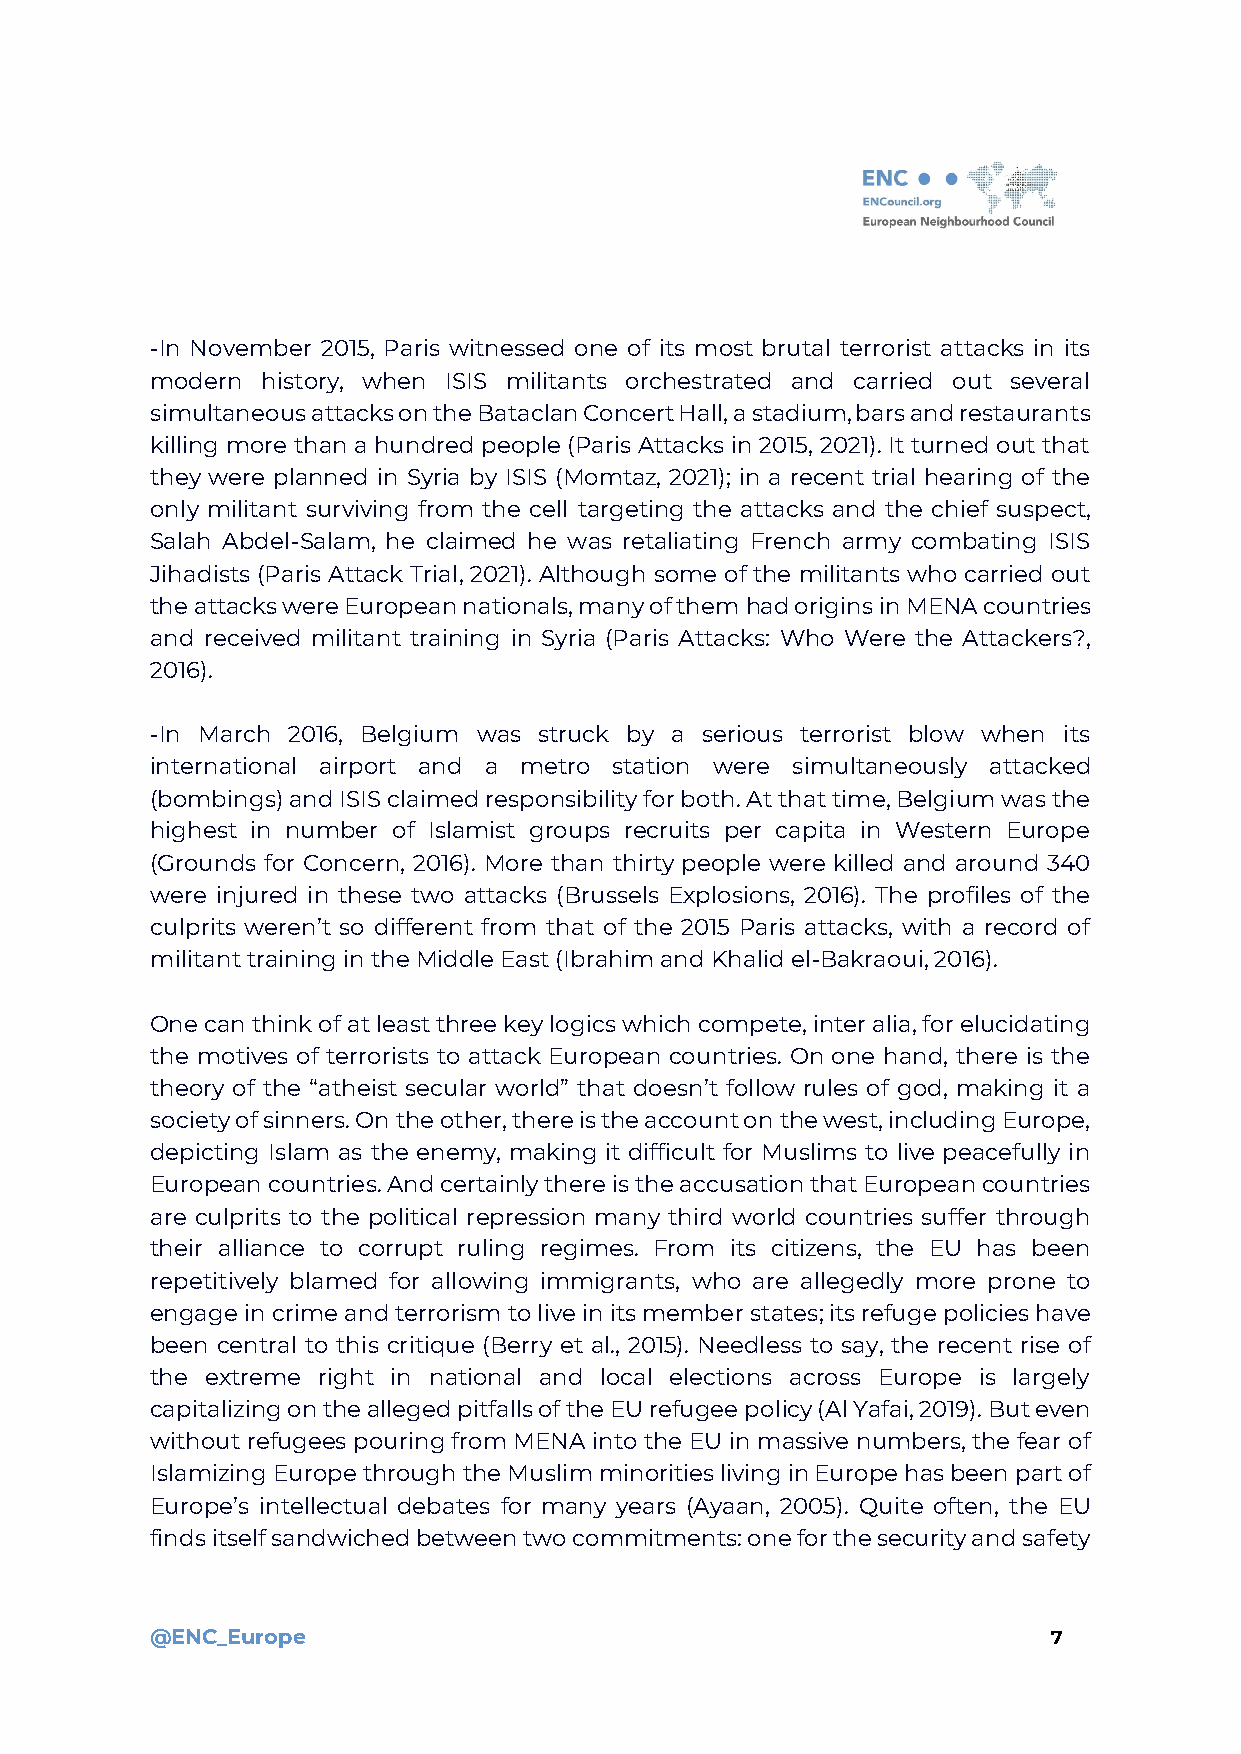
-In November 2015, Paris witnessed one of its most brutal terrorist attacks in its
 modern history, when ISIS militants orchestrated and carried out several
 simultaneous attacks on the Bataclan Concert Hall, a stadium, bars and restaurants
 killing more than a hundred people (Paris Attacks in 2015, 2021). It turned out that
 they were planned in Syria by ISIS (Momtaz, 2021); in a recent trial hearing of the
 only militant surviving from the cell targeting the attacks and the chief suspect,
 Salah Abdel-Salam, he claimed he was retaliating French army combating ISIS
 Jihadists (Paris Attack Trial, 2021). Although some of the militants who carried out
 the attacks were European nationals, many of them had origins in MENA countries
 and received militant training in Syria (Paris Attacks: Who Were the Attackers?,
 2016).
 -In March 2016, Belgium was struck by a serious terrorist blow when its
 international airport and a metro station were simultaneously attacked
 (bombings) and ISIS claimed responsibility for both. At that time, Belgium was the
 highest in number of Islamist groups recruits per capita in Western Europe
 (Grounds for Concern, 2016). More than thirty people were killed and around 340
 were injured in these two attacks (Brussels Explosions, 2016). The profiles of the
 culprits weren’t so different from that of the 2015 Paris attacks, with a record of
 militant training in the Middle East (Ibrahim and Khalid el-Bakraoui, 2016).
 One can think of at least three key logics which compete, inter alia, for elucidating
 the motives of terrorists to attack European countries. On one hand, there is the
 theory of the “atheist secular world” that doesn’t follow rules of god, making it a
 society of sinners. On the other, there is the account on the west, including Europe,
 depicting Islam as the enemy, making it difficult for Muslims to live peacefully in
 European countries. And certainly there is the accusation that European countries
 are culprits to the political repression many third world countries suffer through
 their alliance to corrupt ruling regimes. From its citizens, the EU has been
 repetitively blamed for allowing immigrants, who are allegedly more prone to
 engage in crime and terrorism to live in its member states; its refuge policies have
 been central to this critique (Berry et al., 2015). Needless to say, the recent rise of
 the extreme right in national and local elections across Europe is largely
 capitalizing on the alleged pitfalls of the EU refugee policy (Al Yafai, 2019). But even
 without refugees pouring from MENA into the EU in massive numbers, the fear of
 Islamizing Europe through the Muslim minorities living in Europe has been part of
 Europe’s intellectual debates for many years (Ayaan, 2005). Quite often, the EU
 finds itself sandwiched between two commitments: one for the security and safety
 @ENC_Europe                                                 7